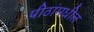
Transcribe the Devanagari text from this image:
पीठांमधील